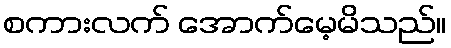
စကားလက် အောက်မေ့မိသည်။